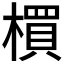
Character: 𣛠